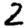
Digit: 2